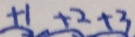
+ 1 + 2 + 3